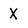
Character: X